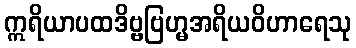
ဣရိယာပထဒိဗ္ဗဗြဟ္မအရိယဝိဟာရေသု